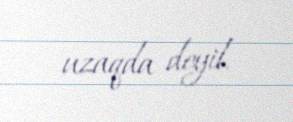
uzaqda deyil.